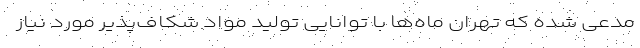
مدعی شده که تهران ماه‌ها با توانایی تولید مواد شکاف‌پذیر مورد نیاز